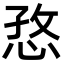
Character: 㤵